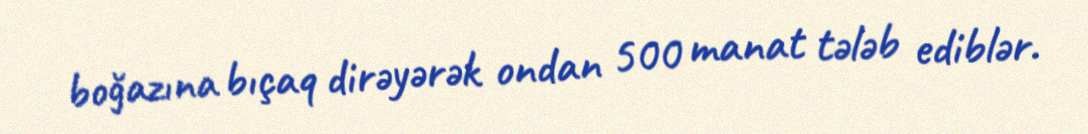
boğazına bıçaq dirəyərək ondan 500 manat tələb ediblər.